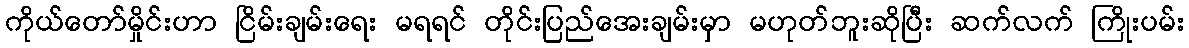
ကိုယ်တော်မှိုင်းဟာ ငြိမ်းချမ်းရေး မရရင် တိုင်းပြည်အေးချမ်းမှာ မဟုတ်ဘူးဆိုပြီး ဆက်လက် ကြိုးပမ်း